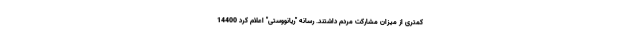
کمتری از میزان مشارکت مردم داشتند. رسانه "ریانووستی" اعلام کرد 14400